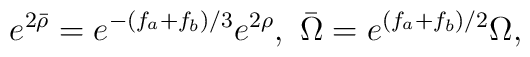
e^{2\bar{\rho}}=e^{-(f_a + f_b )/3}e^{2\rho}, \ \bar{\Omega}=e^{(f_a +f_b )/2}\Omega,